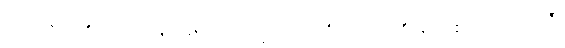
ကြည်ညိုဖွယ်ရှိသည်သာလျှင်ဖြစ်သော။ ဓမ္မံ၊ တရားကို။ ဒေသေတိ၊ ဟော၏။ သာပိ ထေရီ၊